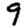
Digit: 9